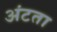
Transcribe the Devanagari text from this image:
अंटता